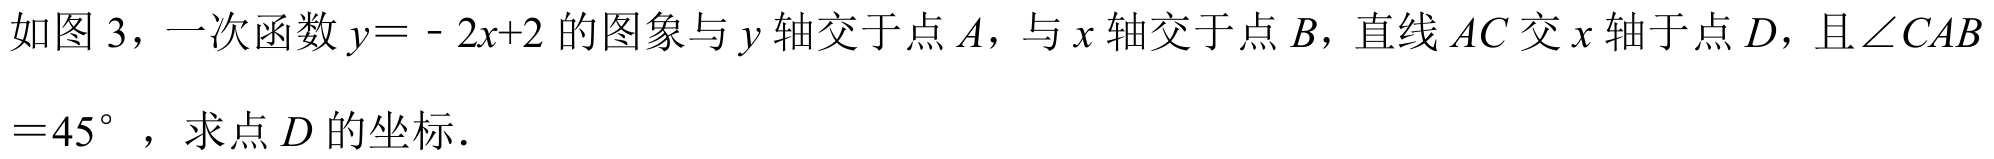
如图 3，一次函数\(y = - 2x + 2\)的图象与\(y\)轴交于点\(A\)，与\(x\)轴交于点\(B\)，直线\(AC\)交\(x\)轴于点\(D\)，且\(\angle CAB\)
\(= 45^{\circ}\)，求点\(D\)的坐标.